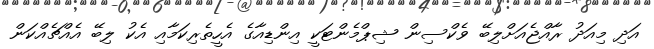
އަދި މިއަދު ރާއްޖެއަށްލިބޭ ވެކްސިން ޝިޕްމެންޓަކީ އިންޑިއާގެ އެހީތެރިކަމާއި އެކު ލިބޭ އެއްޗެއްކަން